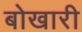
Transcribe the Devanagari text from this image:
बोखारी